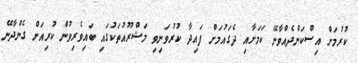
ކުރުމަަށް އިސްކަންދެއްވާނޭ ކަމަށާއި ދެގައުމަށް ފައިދާ ކުރުވަނިވި މަޝްރޫއުތަކުގައި ބައިވެރިވުން ކުރިއަށް ގެންދާނޭ